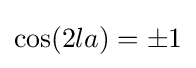
\cos(2la)=\pm 1